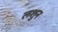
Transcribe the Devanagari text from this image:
लशुन